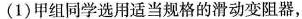
(1)甲组同学选用适当规格的滑动变阻器,